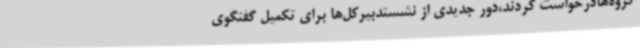
گروه‌هادرخواست کردند،دور جدیدی از نشستدبیرکل‌ها برای تکمیل گفتگوی